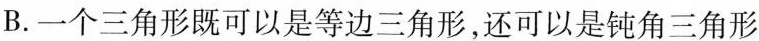
B.一个三角形既可以是等边三角形，还可以是钝角三角形